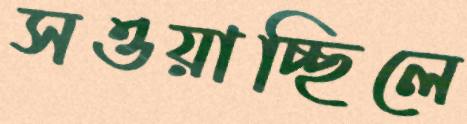
সওয়াচ্ছিলে